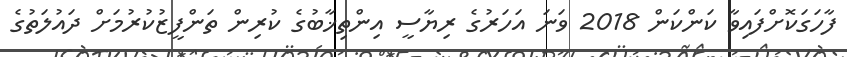
ފާހަގަކޮށްފައިވާ ކަންކަން 2018 ވަނަ އަހަރުގެ ރިޔާސީ އިންތިޚާބުގެ ކުރިން ތަންފީޒުކުރުމަށް ދައުލަތުގެ